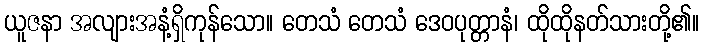
ယူဇနာ အလျားအနံ့ရှိကုန်သော။ တေသံ တေသံ ဒေဝပုတ္တာနံ၊ ထိုထိုနတ်သားတို့၏။